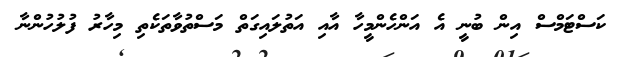
ކަސްޓަމްސް އިން ބުނީ އެ އަންހެންމީހާ އާއި އަތުލައިގަތް މަސްތުވާތަކެތި މިހާރު ފުލުހުންނާ